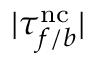
| \tau _ { f / b } ^ { \mathrm { n c } } |